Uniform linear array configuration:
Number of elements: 64
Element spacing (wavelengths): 1
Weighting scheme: binomial
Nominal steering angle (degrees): -30
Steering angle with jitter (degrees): -31.518
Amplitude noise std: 0.05
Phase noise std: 0.05

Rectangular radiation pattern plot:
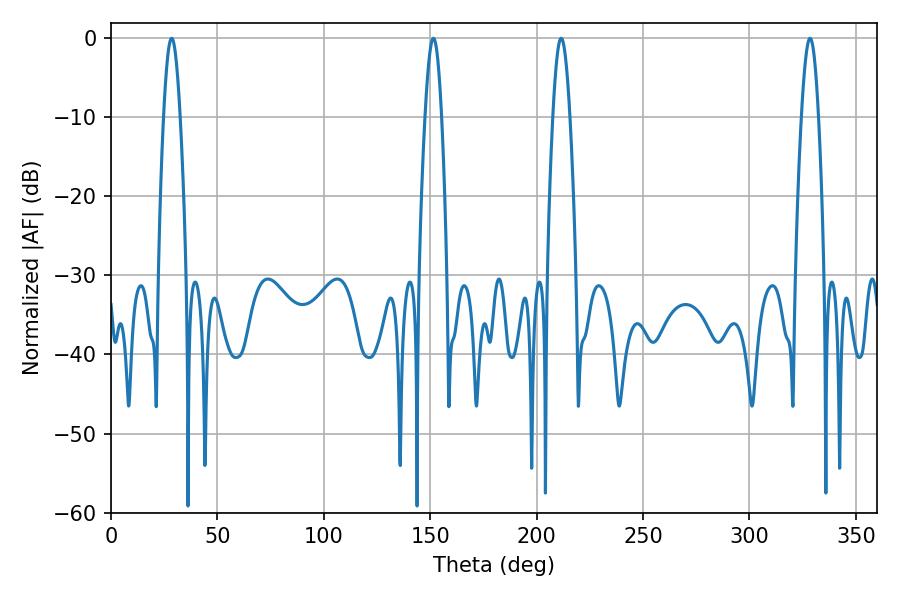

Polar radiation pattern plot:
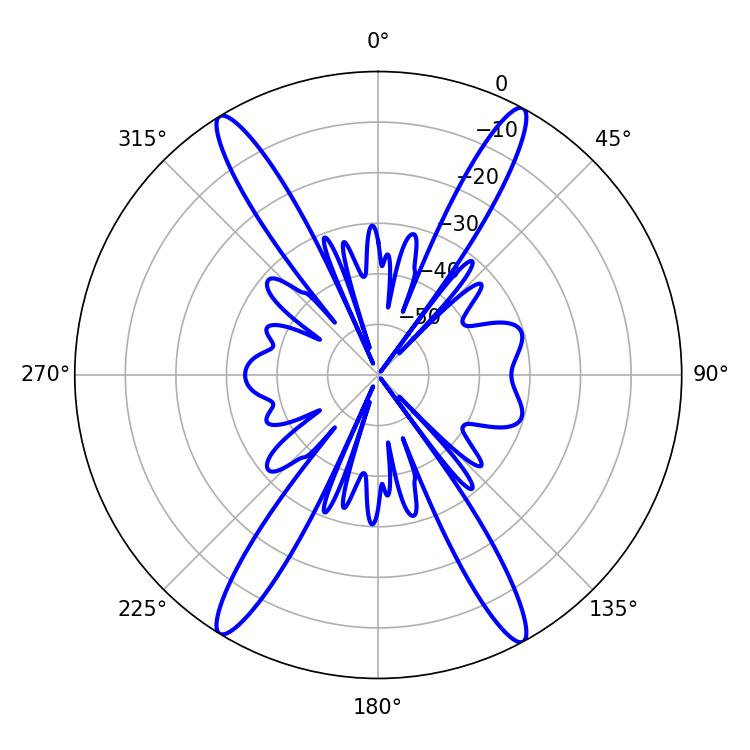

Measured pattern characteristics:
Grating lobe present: TRUE
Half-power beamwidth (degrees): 4.32
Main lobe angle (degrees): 211.5